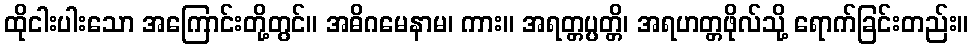
ထိုငါးပါးသော အကြောင်းတို့တွင်။ အဓိဂမေနာမ၊ ကား။ အရတ္တပ္ပတ္တိ၊ အရဟတ္တဖိုလ်သို့ ရောက်ခြင်းတည်း။